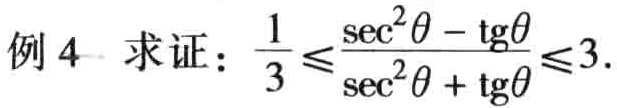
例4 求证：\(\frac{1}{3} \leq \frac{\sec^{2}\theta - \tg\theta}{\sec^{2}\theta + \tg\theta} \leq 3\)